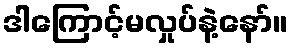
ဒါကြောင့်မလှုပ်နဲ့နော်။